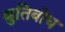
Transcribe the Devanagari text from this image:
श्रुतिबोध